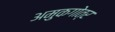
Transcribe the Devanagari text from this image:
अमुकगोत्र